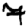
Digit: 7